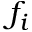
f _ { i }